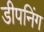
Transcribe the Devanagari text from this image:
डीपनिंग